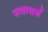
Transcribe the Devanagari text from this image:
सदादर्श